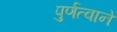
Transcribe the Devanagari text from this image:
पुर्णत्वाने